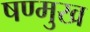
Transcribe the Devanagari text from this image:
षण्मुख